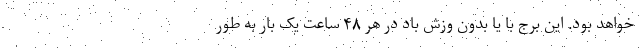
خواهد بود. این برج با یا بدون وزش باد در هر ۴۸ ساعت یک بار به طور